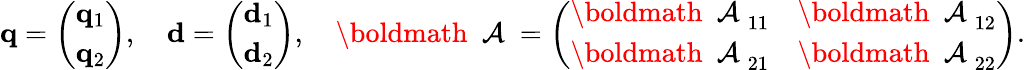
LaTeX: \begin{array}{r}{{\mathbf q}=\left(\begin{array}{l}{{\mathbf q}_{1}}\\ {{\mathbf q}_{2}}\end{array}\right),\quad{\mathbf d}=\left(\begin{array}{l}{{\mathbf d}_{1}}\\ {{\mathbf d}_{2}}\end{array}\right),\quad\mathrm{\boldmath~{\cal~A}~}=\left(\begin{array}{ll}{\mathrm{\boldmath~{\cal~A}~}_{11}}&{\mathrm{\boldmath~{\cal~A}~}_{12}}\\ {\mathrm{\boldmath~{\cal~A}~}_{21}}&{\mathrm{\boldmath~{\cal~A}~}_{22}}\end{array}\right).}\end{array}